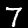
Label: 7